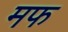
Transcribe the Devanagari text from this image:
मफ